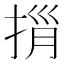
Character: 𢭓